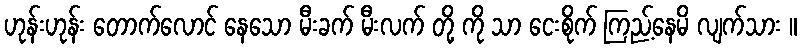
ဟုန်းဟုန်း တောက်လောင် နေသော မီးခက် မီးလက် တို့ ကို သာ ငေးစိုက် ကြည့်နေမိ လျက်သား ။